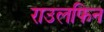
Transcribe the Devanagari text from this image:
राउलफिन